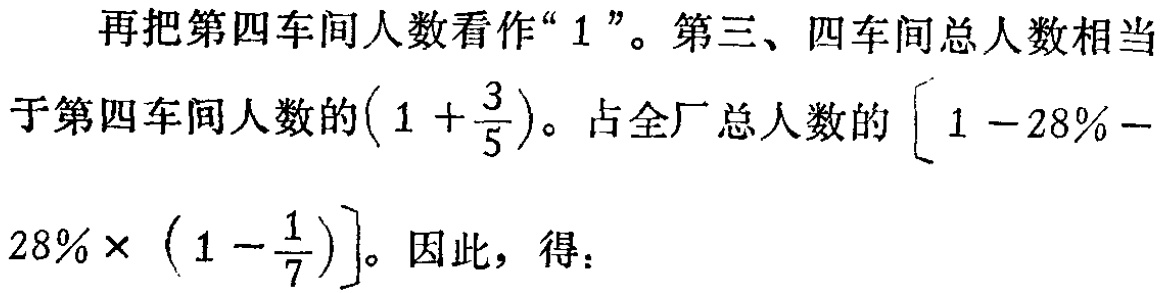
再把第四车间人数看作“\(1\)”。第三、四车间总人数相当于第四车间人数的\((1 + \frac{3}{5})\)。占全厂总人数的\([1 - 28\% - 28\% \times (1 - \frac{1}{7})]\)。因此，得：